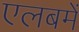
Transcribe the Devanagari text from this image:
एलबमें